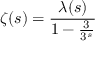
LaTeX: \zeta ( s ) = { \frac { \lambda ( s ) } { 1 - { \frac { 3 } { 3 ^ { s } } } } }